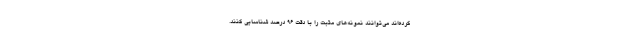
کرده‌اند می‌توانند نمونه‌های مثبت را با دقت ۹۶ درصد شناسایی کنند.